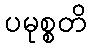
ပမုစ္စတိ